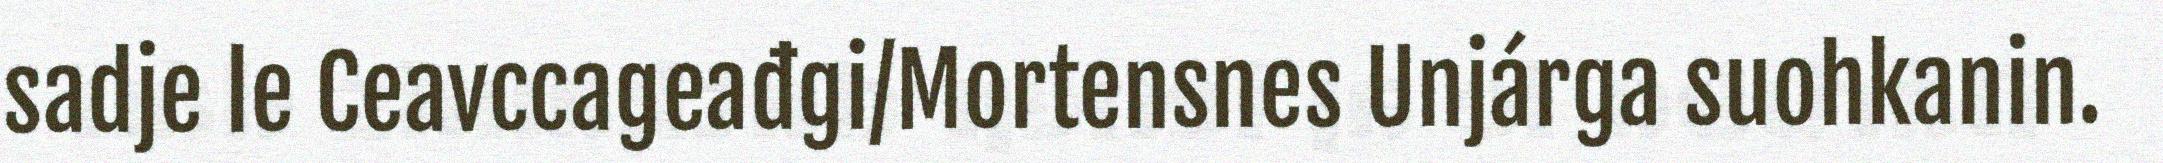
sadje le Ceavccageađgi/Mortensnes Unjárga suohkanin.